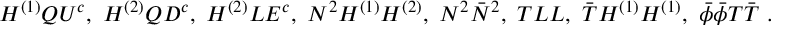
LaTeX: H ^ { ( 1 ) } Q U ^ { c } , ~ H ^ { ( 2 ) } Q D ^ { c } , ~ H ^ { ( 2 ) } L E ^ { c } , ~ N ^ { 2 } H ^ { ( 1 ) } H ^ { ( 2 ) } , ~ N ^ { 2 } \bar { N } ^ { 2 } , ~ T L L , ~ \bar { T } H ^ { ( 1 ) } H ^ { ( 1 ) } , ~ \bar { \phi } \bar { \phi } T \bar { T } ~ .